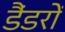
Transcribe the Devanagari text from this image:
डैंडरों